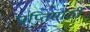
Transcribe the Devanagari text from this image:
प्राप्तिसाठी